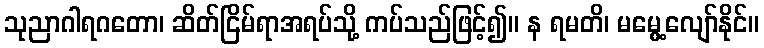
သုညာဂါရဂတော၊ ဆိတ်ငြိမ်ရာအရပ်သို့ ကပ်သည်ဖြင့်၍။ န ရမတိ၊ မမွေ့လျော်နိုင်။